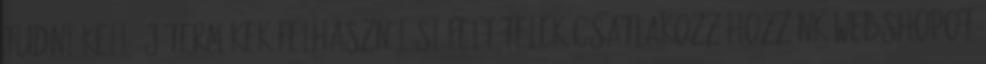
tudni kell Új termékek Felhasználási feltételek Csatlakozz hozzánk Webshopot